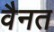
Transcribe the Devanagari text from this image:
वैनत